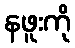
နဖူးကို